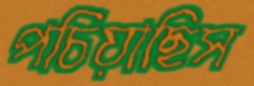
পচিয়াছিস